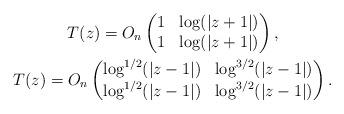
LaTeX: \begin{gather*}T(z) = O_n\left(\begin{matrix}1 & \log(\vert z + 1\vert) \\1 & \log(\vert z + 1\vert)\end{matrix}\right) ,\\T(z) = O_n\left(\begin{matrix}\log^{1/2}(\vert z-1\vert) & \log^{3/2}(\vert z - 1\vert) \\\log^{1/2}(\vert z-1\vert) & \log^{3/2}(\vert z - 1\vert)\end{matrix}\right) .\end{gather*}